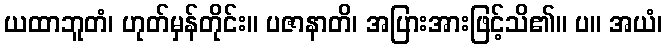
ယထာဘူတံ၊ ဟုတ်မှန်တိုင်း။ ပဇာနာတိ၊ အပြားအားဖြင့်သိ၏။ ပ။ အယံ၊